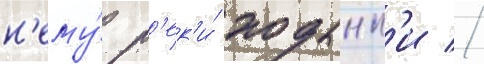
н'ему́ р'ек'и́ ходынк'и //